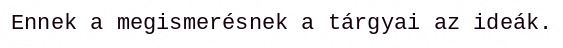
Ennek a megismerésnek a tárgyai az ideák.